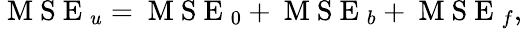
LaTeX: \mathrm{~M~S~E~}_{u}=\mathrm{~M~S~E~}_{0}+\mathrm{~M~S~E~}_{b}+\mathrm{~M~S~E~}_{f},